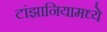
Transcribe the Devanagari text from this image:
टांझानियामध्ये